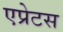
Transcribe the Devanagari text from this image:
एप्रेटस